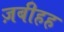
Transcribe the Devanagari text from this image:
ज़बीहह